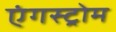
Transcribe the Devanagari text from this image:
एंगस्ट्रोम